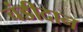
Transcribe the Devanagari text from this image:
चंडीदान